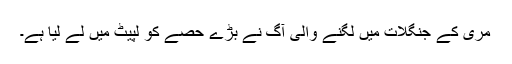
مری کے جنگلات میں لگنے والی آگ نے بڑے حصے کو لپیٹ میں لے لیا ہے۔